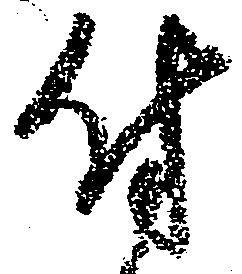
付